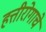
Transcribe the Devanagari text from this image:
हत्तीरोगाचे